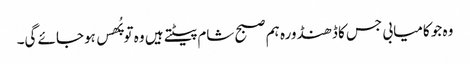
وہ جو کامیابی جس کا ڈھنڈورہ ہم صبح شام پیٹتے ہیں وہ تو پُھس ہوجائے گی۔